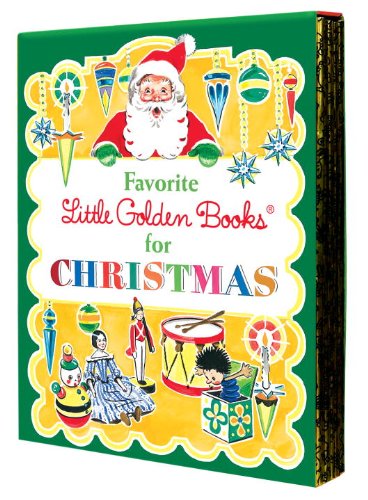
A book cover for Favorite Little Golden Books for Christmas; Various; Children's Books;